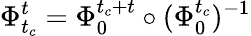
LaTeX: \Phi_{t_{c}}^{t}=\Phi_{0}^{t_{c}+t}\circ(\Phi_{0}^{t_{c}})^{-1}